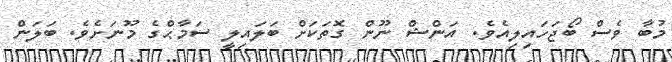
މުބާ ވެސް ބޯޖަހައިލިއެވެ. އަންޝް ނޫން ގޮތަކަށް ބަލައިލީ ސަމާޙްގެ މޫނަށެވެ. ބަލަން